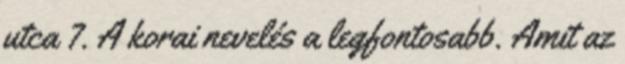
utca 7. A korai nevelés a legfontosabb. Amit az